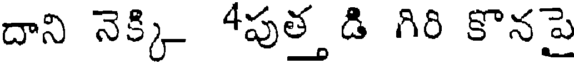
దాని నెక్కి 4పుత్త డి గిరి కొనపై